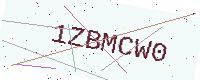
Text: 1ZBMCW0